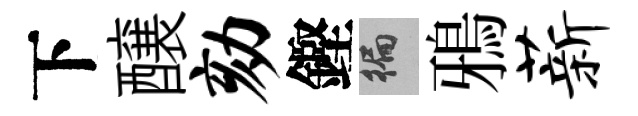
下醸劾鏗徧鴉薪